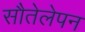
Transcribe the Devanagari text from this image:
सौतेलेपन